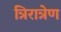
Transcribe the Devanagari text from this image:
त्रिरात्रेण